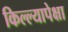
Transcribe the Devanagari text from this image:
किल्ल्यापेक्षा